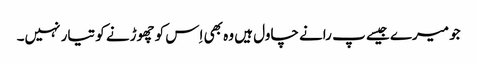
جو میرے جیسے پ رانے چاول ہیں وہ بھی اِس کو چھوڑنے کو تیار نہیں۔